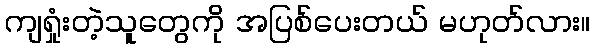
ကျရှုံးတဲ့သူတွေကို အပြစ်ပေးတယ် မဟုတ်လား။